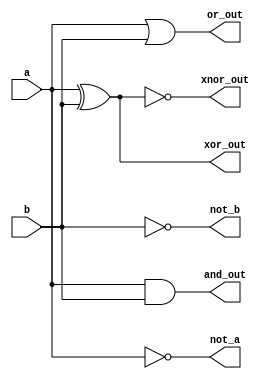
module  Logic_Gate(
input wire a,b,
output wire and_out,or_out,xor_out,xnor_out,not_a,not_b
);
assign and_out = a&b;
assign or_out = a|b;
assign xor_out = a^b;
assign xnor_out = ~(a^b);
assign not_a = ~a;
assign not_b = ~b;

endmodule